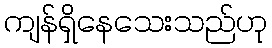
ကျန်ရှိနေသေးသည်ဟု